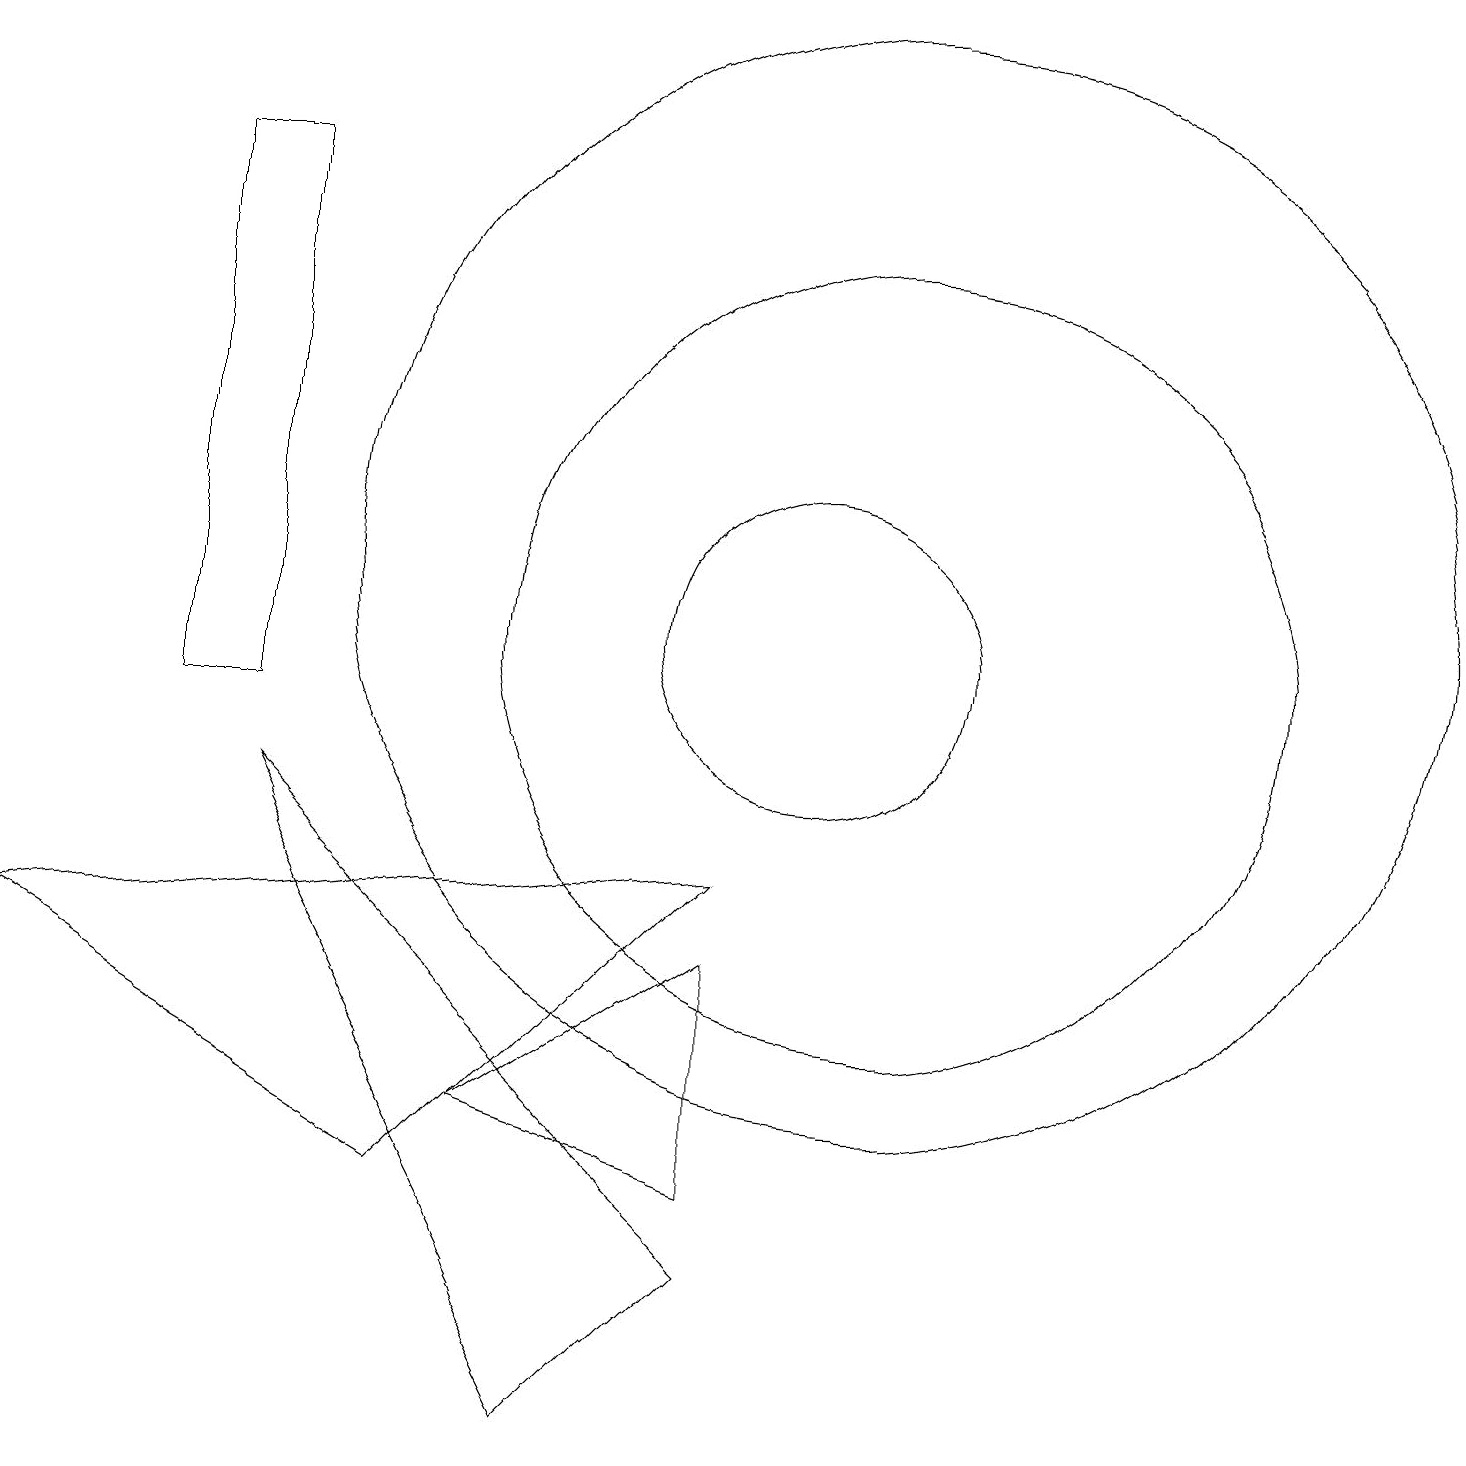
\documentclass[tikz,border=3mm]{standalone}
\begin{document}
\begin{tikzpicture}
\draw (0,7) -- (5,4) -- (9,8) -- cycle;
\draw (3,17) rectangle (2,10);
\draw (11,11) circle (5);
\draw (9,7) -- (6,5) -- (9,4) -- cycle;
\draw (10,11) circle (2);
\draw (11,12) circle (7);
\draw (9,3) -- (7,1) -- (3,9) -- cycle;
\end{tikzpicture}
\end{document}